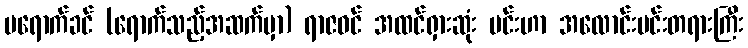
မရောက်ခင် (ရောက်သည့်အဆက်မှာ) ရာဇဝင် အထင်ရှားဆုံး မင်းဟာ အလောင်းမင်းတရားကြီး